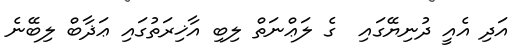
އަދި އެއީ ދުނިޔޭގައި  ގެ ލަޢްނަތް ލިބި އާޚިރަތުގައި ޢަޛާބް ލިބޭނެ